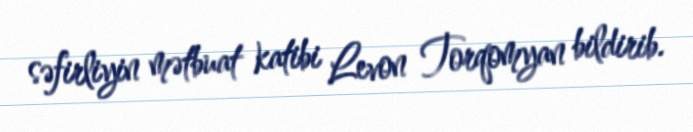
səfirliyin mətbuat katibi Levon Torqomyan bildirib.